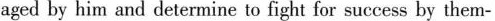
aged by him and determine to fight for success by them-